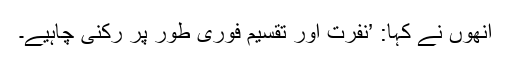
انھوں نے کہا: ’نفرت اور تقسیم فوری طور پر رکنی چاہیے۔